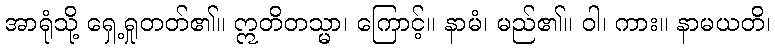
အာရုံသို့ ရှေ့ရှုတတ်၏။ ဣတိတသ္မာ၊ ကြောင့်။ နာမံ၊ မည်၏။ ဝါ၊ ကား။ နာမယတိ၊